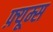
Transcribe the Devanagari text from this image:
फ़्यूम्स